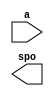
module rom64x8sin(
	a,
	spo);


input [5 : 0] a;
output [7 : 0] spo;

// synthesis translate_off

      DIST_MEM_GEN_V5_1 #(
		.C_ADDR_WIDTH(6),
		.C_DEFAULT_DATA("0"),
		.C_DEPTH(64),
		.C_FAMILY("spartan6"),
		.C_HAS_CLK(0),
		.C_HAS_D(0),
		.C_HAS_DPO(0),
		.C_HAS_DPRA(0),
		.C_HAS_I_CE(0),
		.C_HAS_QDPO(0),
		.C_HAS_QDPO_CE(0),
		.C_HAS_QDPO_CLK(0),
		.C_HAS_QDPO_RST(0),
		.C_HAS_QDPO_SRST(0),
		.C_HAS_QSPO(0),
		.C_HAS_QSPO_CE(0),
		.C_HAS_QSPO_RST(0),
		.C_HAS_QSPO_SRST(0),
		.C_HAS_SPO(1),
		.C_HAS_SPRA(0),
		.C_HAS_WE(0),
		.C_MEM_INIT_FILE("rom64x8sin.mif"),
		.C_MEM_TYPE(0),
		.C_PARSER_TYPE(1),
		.C_PIPELINE_STAGES(0),
		.C_QCE_JOINED(0),
		.C_QUALIFY_WE(0),
		.C_READ_MIF(1),
		.C_REG_A_D_INPUTS(0),
		.C_REG_DPRA_INPUT(0),
		.C_SYNC_ENABLE(1),
		.C_WIDTH(8))
	inst (
		.A(a),
		.SPO(spo),
		.D(),
		.DPRA(),
		.SPRA(),
		.CLK(),
		.WE(),
		.I_CE(),
		.QSPO_CE(),
		.QDPO_CE(),
		.QDPO_CLK(),
		.QSPO_RST(),
		.QDPO_RST(),
		.QSPO_SRST(),
		.QDPO_SRST(),
		.DPO(),
		.QSPO(),
		.QDPO());


// synthesis translate_on

// XST black box declaration
// box_type "black_box"
// synthesis attribute box_type of rom64x8sin is "black_box"

endmodule